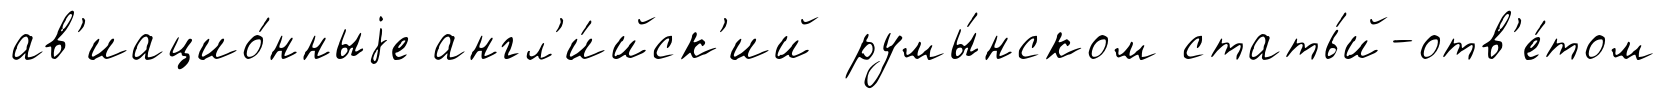
ав'иацио́нныjе англ'и́йск'ий румы́нском стать́й-отв'е́том